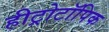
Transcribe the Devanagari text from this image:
हीट्रोटॉपिक